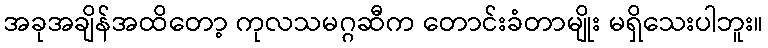
အခုအချိန်အထိတော့ ကုလသမဂ္ဂဆီက တောင်းခံတာမျိုး မရှိသေးပါဘူး။